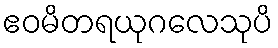
ဧဝမိတရယုဂလေသုပိ